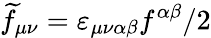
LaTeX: \widetilde{f}_{\mu\nu}=\varepsilon_{\mu\nu\alpha\beta}f^{\alpha\beta}/2